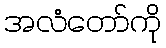
အလံတော်ကို